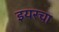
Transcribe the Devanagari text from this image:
इयरचा